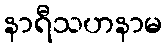
နာရီသဟနာမ